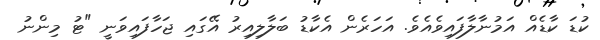
ކުޑަ ކާޑެއް އަމުނާލާފައިވެއެވެ. އަހަރެން އެކާޑު ބަލާލިއިރު އޭގައި ޖަހާފައިވަނީ "ޓު މިންނު